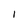
Character: I